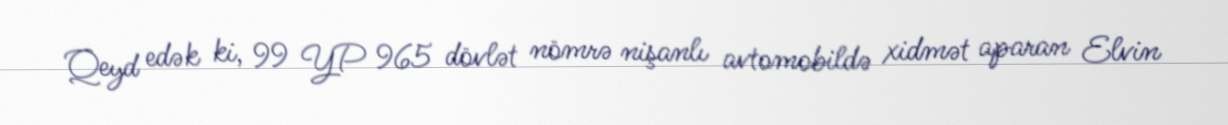
Qeyd edək ki, 99 YP 965 dövlət nömrə nişanlı avtomobildə xidmət aparan Elvin